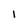
Character: i